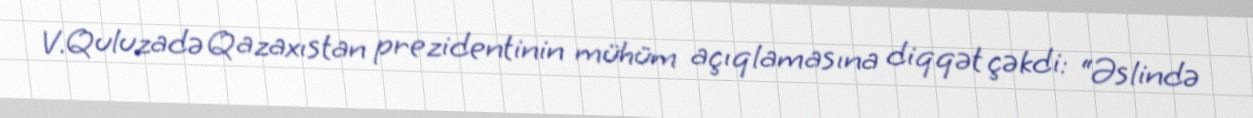
V.Quluzadə Qazaxıstan prezidentinin mühüm açıqlamasına diqqət çəkdi: “Əslində